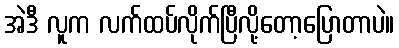
အဲဒီ လူက လက်ထပ်လိုက်ပြီလို့တော့ပြောတာပဲ။